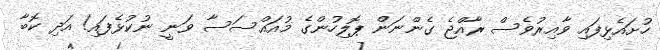
ހުށައެޅިފައި ވާއިރުވެސް ރާއްޖެ ގެންނަން ޕޮލިހުންގެ މުއައްސަސާ ވަނީ ނުކުޅެފައި! އަދި ކޮބާ